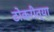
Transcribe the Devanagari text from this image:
ठोकरीत्या